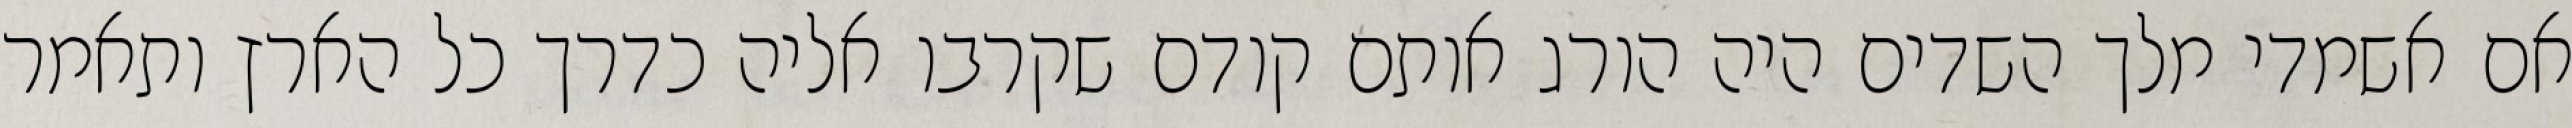
אם אשמדי‏ מלך השדים היה הורג אותם קודם שקרבו אליה כדרך כל הארץ ותאמר